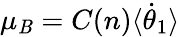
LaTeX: \mu_{\mathit{B}}=C(n)\langle{\dot{{\theta}}}_{1}\rangle